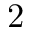
2